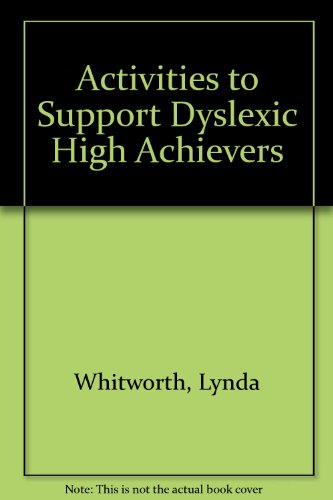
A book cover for Activities to Support Dyslexic High Achievers; Lynda Whitworth; Health, Fitness & Dieting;